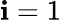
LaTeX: \mathbf{i}=1